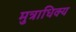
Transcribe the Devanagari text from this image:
मुत्राधिक्य